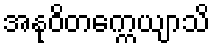
အနုဝိတက္ကေယျာသိ